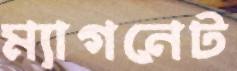
ম্যাগনেট